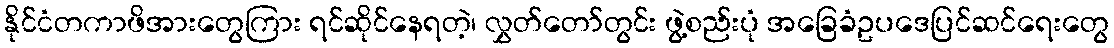
နိုင်ငံတကာဖိအားတွေကြား ရင်ဆိုင်နေရတဲ့၊ လွှတ်တော်တွင်း ဖွဲ့စည်းပုံ အခြေခံဥပဒေပြင်ဆင်ရေးတွေ